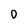
Character: O